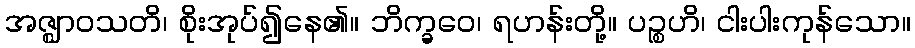
အဇ္ဈာဝသတိ၊ စိုးအုပ်၍နေ၏။ ဘိက္ခဝေ၊ ရဟန်းတို့။ ပဉ္စဟိ၊ ငါးပါးကုန်သော။